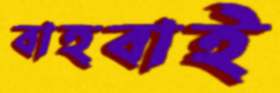
বাহবাই